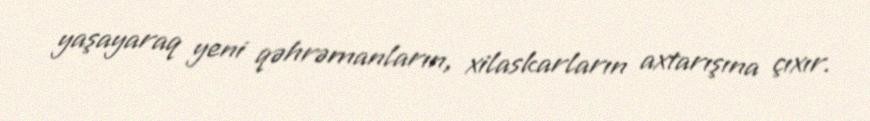
yaşayaraq yeni qəhrəmanların, xilaskarların axtarışına çıxır.